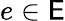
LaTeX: e\in\mathsf{E}